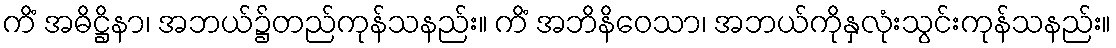
ကိံ အဓိဋ္ဌိနာ၊ အဘယ်၌တည်ကုန်သနည်း။ ကိံ အဘိနိဝေသာ၊ အဘယ်ကိုနှလုံးသွင်းကုန်သနည်း။